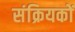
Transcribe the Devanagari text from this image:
संक्रियकों